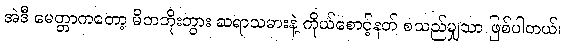
အဲဒီ မေတ္တာကတော့ မိဘဘိုးဘွား ဆရာသမားနဲ့ ကိုယ်စောင့်နတ် စသည်မျှသာ ဖြစ်ပါတယ်၊